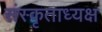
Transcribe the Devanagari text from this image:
संस्कृताध्यक्ष